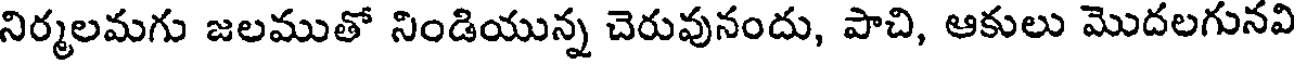
నిర్మలమగు జలముతో నిండియున్న చెరువునందు, పాచి, ఆకులు మొదలగునవి